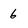
Character: 6